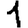
Digit: 1